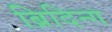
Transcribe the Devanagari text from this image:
ब्रिदिन्ग